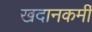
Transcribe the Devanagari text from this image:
खदानकर्मी